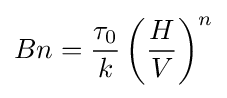
Bn={\frac {\tau _{0}}{k}}\left({\frac {H}{V}}\right)^{n}